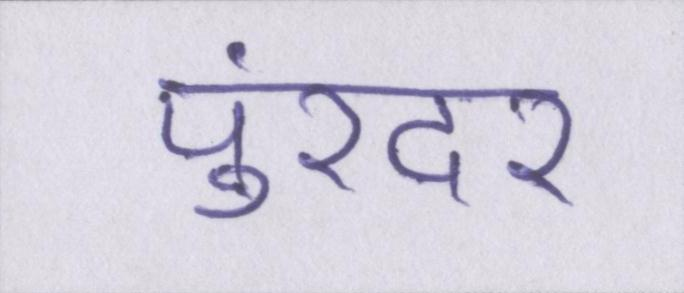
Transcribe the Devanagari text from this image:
पुरंदर